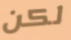
لكن